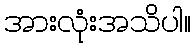
အားလုံးအသိပါ။